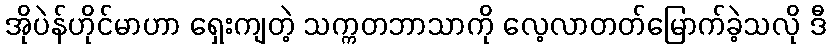
အိုပဲန်ဟိုင်မာဟာ ရှေးကျတဲ့ သက္ကတဘာသာကို လေ့လာတတ်မြောက်ခဲ့သလို ဒီ